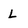
Character: L